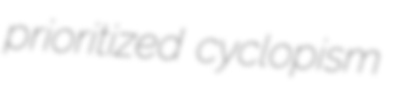
prioritized cyclopism